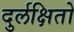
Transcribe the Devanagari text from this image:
दुर्लक्षितो